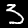
Digit: 3